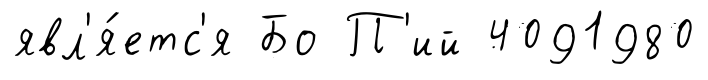
явл'я́етс'я Бо П'ий 4091980